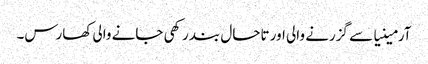
آرمینیا سے گزرنے والی اور تاحال بند رکھی جانے والی کھارس۔